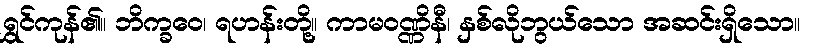
ရွှင်ကုန်၏။ ဘိက္ခဝေ၊ ရဟန်းတို့။ ကာမဝဏ္ဏိနီ၊ နှစ်လိုဘွယ်သော အဆင်းရှိသော။